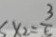
5 \times 2 = \frac { 3 } { 5 }